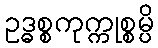
ဥဒ္ဓစ္စကုက္ကုစ္စမ္ပိ